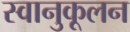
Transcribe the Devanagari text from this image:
स्वानुकूलन